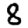
Digit: 8